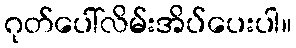
ဂုတ်ပေါ်လိမ်းအိပ်ပေးပါ။